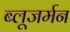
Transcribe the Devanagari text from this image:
ब्लूजर्मन